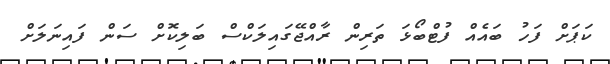
ކަޕަށް ފަހު ބައެއް ފުޓްބޯޅަ ތަރިން ރާއްޖޭގައިލަކްސް ބަލިކޮށް ސަން ފައިނަލަށް